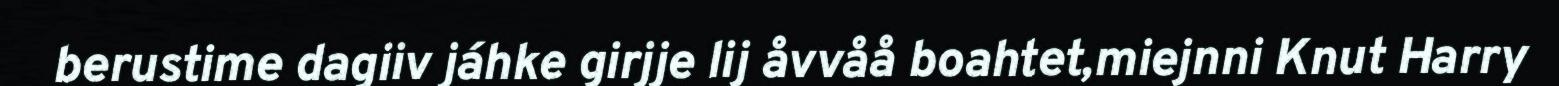
berustime dagiiv jáhke girjje lij åvvåå boahtet,miejnni Knut Harry